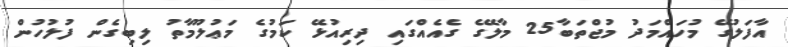
އާފަލުގޭ މުހައްމަދު މުޖްތަބާ25 މާލޭގެ ގެއެއްގައި ދިރިއުޅޭ ކަމުގެ މަޢުލޫމާތު ލިބިގެން ފުލުހުން